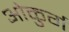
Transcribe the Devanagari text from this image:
ओकुर्ग